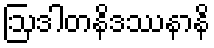
ဩဒါတနိဒဿနာနိ